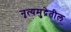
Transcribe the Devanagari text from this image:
नृत्यमुद्रेतील